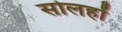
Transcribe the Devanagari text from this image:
सोलहों